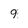
Character: 9